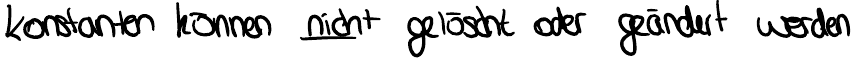
Konstanten können nicht gelöscht oder geändert werden